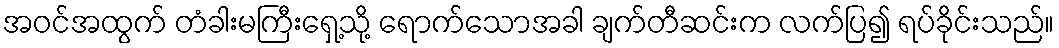
အဝင်အထွက် တံခါးမကြီးရှေ့သို့ ရောက်သောအခါ ချက်တီဆင်းက လက်ပြ၍ ရပ်ခိုင်းသည်။